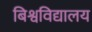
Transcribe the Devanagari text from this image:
बिश्वविद्यालय